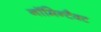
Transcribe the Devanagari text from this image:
नॉमिन्टैक्ट